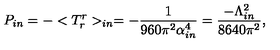
P _ { i n } = - < T _ { r } ^ { r } > _ { i n } = - \frac { 1 } { 9 6 0 \pi ^ { 2 } \alpha _ { i n } ^ { 4 } } = \frac { - \Lambda _ { i n } ^ { 2 } } { 8 6 4 0 \pi ^ { 2 } } ,